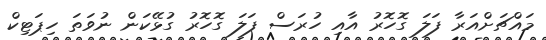
މައްޗަށްއަރާ ފަލަ ގޮހޮރު އާއި ހުރަސް ފަލަ ގޮހޮރު ގުޅޭކަން ނުވަތަ ހިޕަޓިކް